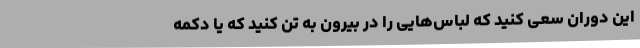
این دوران سعی کنید که لباس‌هایی را در بیرون به تن کنید که یا دکمه